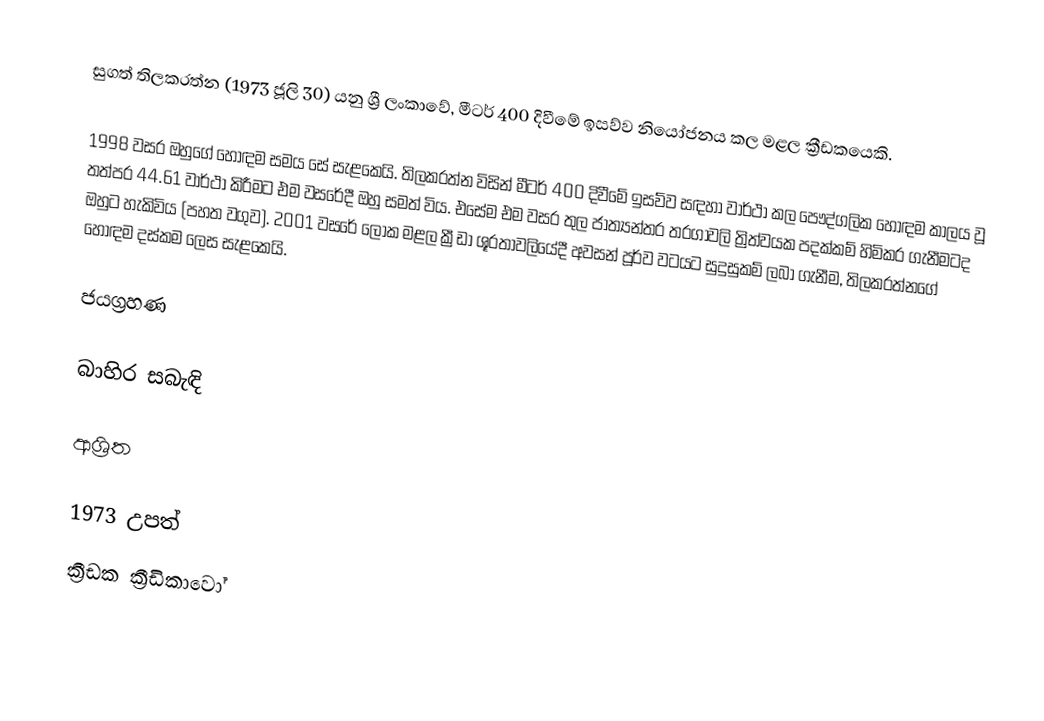
සුගත් තිලකරත්න (1973 ජූලි 30) යනු ශ්‍රී ලංකාවේ, මීටර් 400 දිවීමේ ඉසව්ව නියෝජනය කල මළල ක්‍රීඩකයෙකි.

1998 වසර ඔහුගේ හොඳම සමය සේ සැළකෙයි. තිලකරත්න විසින් මීටර් 400 දිවීමේ ඉසව්ව සඳහා වාර්ථා කල පෞද්ගලික හොඳම කාලය වූ තත්පර 44.61 වාර්ථා කිරීමට එම වසරේදී ඔහු සමත් විය. එසේම එම වසර තුල ජාත්‍යන්තර තරගාවලි ත්‍රිත්වයක පදක්කම් හිමිකර ගැනීමටද ඔහුට හැකිවිය (පහත වගුව). 2001 වසරේ ලෝක මළල ක්‍රීඩා ශූරතාවලියේදී අවසන් පූර්ව වටයට සුදුසුකම් ලබා ගැනීම, තිලකරත්නගේ හොඳම දස්කම ලෙස සැළකෙයි.

ජයග්‍රහණ

බාහිර සබැඳි

ආශ්‍රිත

1973 උපත්
ක්‍රීඩක ක්‍රීඩිකාවෝ